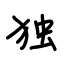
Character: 独